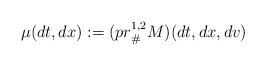
LaTeX: \begin{align*} \mu(dt,dx) := (pr^{1,2}_{\#}M)(dt,dx,dv)\end{align*}